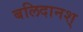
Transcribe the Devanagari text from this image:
बलिदानश्